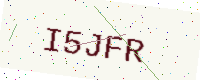
Text: I5JFR